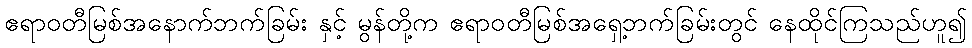
ဧရာဝတီမြစ်အနောက်ဘက်ခြမ်း နှင့် မွန်တို့က ဧရာဝတီမြစ်အရှေ့ဘက်ခြမ်းတွင် နေထိုင်ကြသည်ဟူ၍